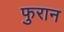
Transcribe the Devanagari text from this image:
फुरान